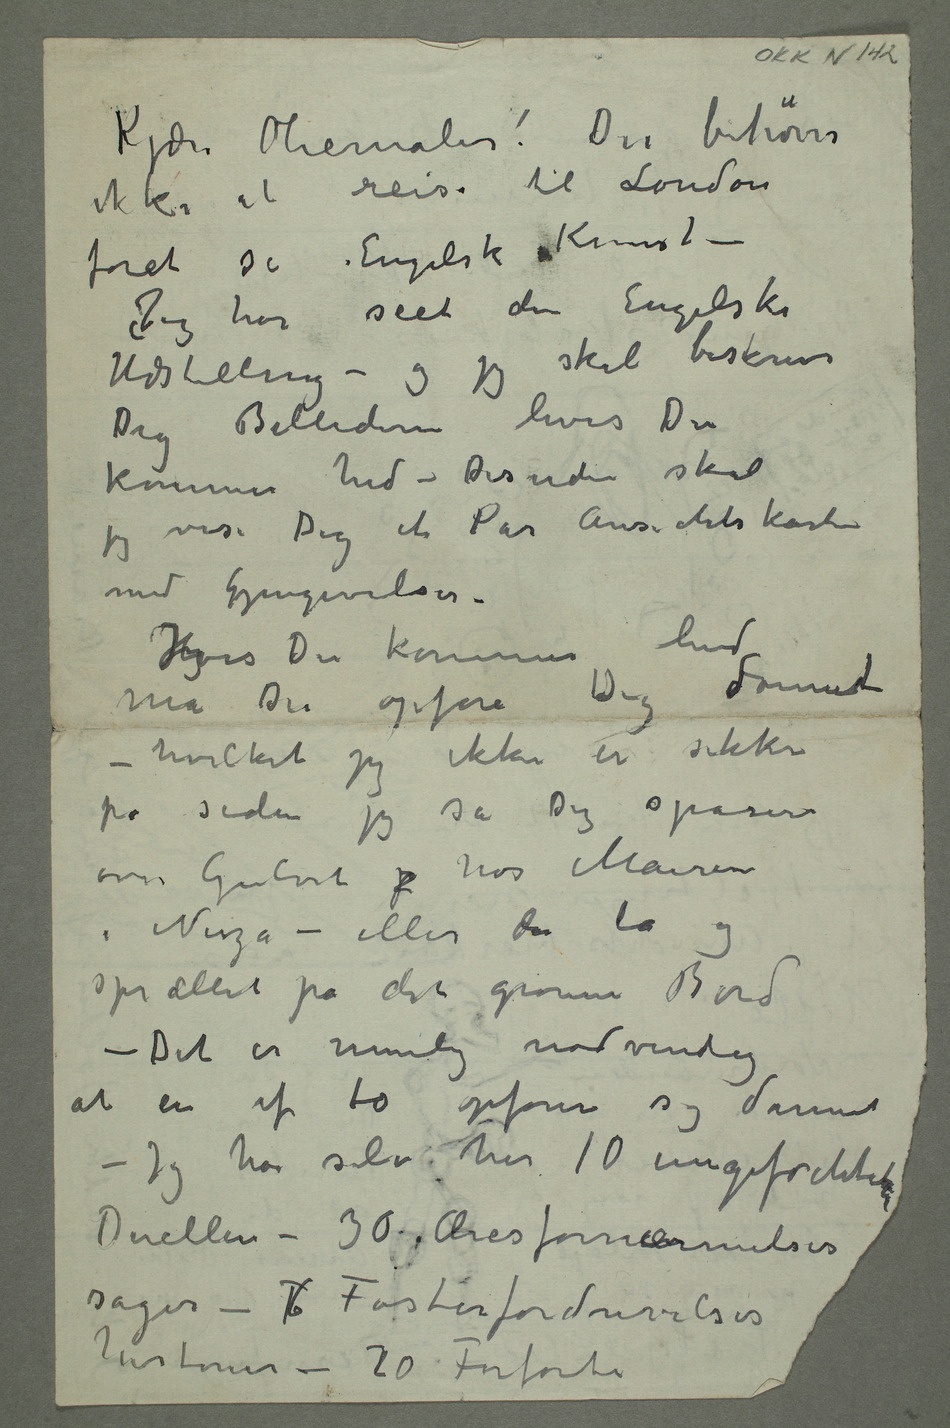
Kjære Oliemaler! Du behøver
ikke at reise til London
forat se Engelsk Kunst –
Jeg har seet den Engelske
Udstilling – og jeg skal beskrive
Dig Billederne hvis Du
kommer hid – Desuden skal
jeg vise Dig et Par Ansichtskarten
med Gjengivelser –
må Du opføre Dig dannet
– hvilket jeg ikke er sikker
på siden jeg så Dig spasere
over Gulvet p hos Mairen
i Nisza – eller du lå og
sprællet på det grønne Bord
– Det er nemlig nødvendig
at en af to opfører sig dannet
– Jeg har selv her 10 ungefechtete
sager – 6 Fosterfordrivelses
historier – 20 Forførte